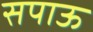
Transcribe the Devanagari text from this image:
सपाऊ